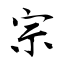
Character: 宗